Sanitation, dispensaries and jails vaccination Rajputana 1922-1927 - 1922-1927
Year: 1922
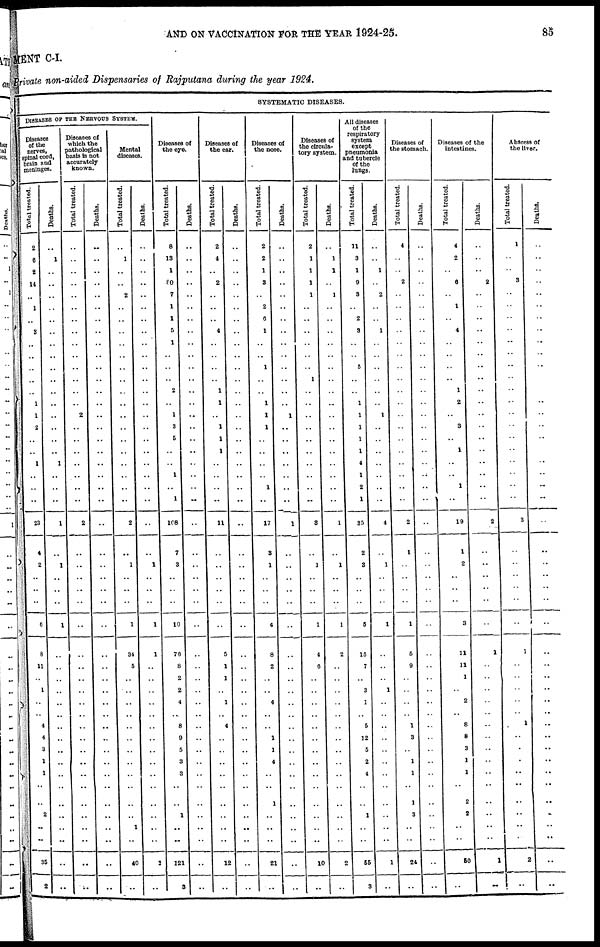
AND ON VACCINATION FOR THE YEAR 1924-25.
85
MENT C-I.
Private non-aided Dispensaries of Rajputana during the year 1924.
SYSTEMATIC DISEASES.
DISEASES OF THE NERVOUS SYSTEM.
Diseases
of the
nerves,
spinal cord,
brain and
meninges.
Total treated.
2
6
2
11
..
1
..
3
..
..
..
..
..
1
1
2
..
..
1
..
..
..
23
4
2
..
..
..
6
8
11
..
1
..
..
4
4
3
1
1
..
..
2
..
..
35
2
Deaths.
..
1
..
..
..
..
..
..
..
..
..
..
..
..
..
..
..
..
1
..
..
..
1
..
1
..
..
..
1
..
..
..
..
..
..
..
..
..
..
..
..
..
..
..
..
..
..
Diseases of
which the
pathological
basis is not
accurately
known.
Total treated.
..
..
..
..
..
..
..
..
..
..
..
..
..
..
2
..
..
..
..
..
..
..
2
..
..
..
..
..
..
..
..
..
..
..
..
..
..
..
..
..
..
..
..
..
..
..
..
Deaths.
..
..
..
..
..
..
..
..
..
..
..
..
..
..
..
..
..
..
..
..
..
..
..
..
..
..
..
..
..
..
..
..
..
..
..
..
..
..
..
..
..
..
..
..
..
..
..
Mental
diseases.
Total treated.
..
1
..
..
2
..
..
..
..
..
..
..
..
..
..
..
..
..
..
..
..
..
2
..
1
..
..
..
1
34
5
..
..
..
..
..
..
..
..
..
..
..
..
1
..
40
..
Deaths.
..
..
..
..
..
..
..
..
..
..
..
..
..
..
..
..
..
..
..
..
..
..
..
..
1
..
..
..
1
1
..
..
..
..
..
..
..
..
..
..
..
..
..
..
..
2
..
Diseases of
the eye.
Total treated.
8
13
1
80
7
1
1
5
1
..
..
..
2
..
1
3
5
..
..
1
..
1
108
7
3
..
..
..
10
76
8
2
2
4
..
8
9
5
3
3
..
..
1
..
..
121
3
Deaths.
..
..
..
..
..
..
..
..
..
..
..
..
..
..
..
..
..
..
..
..
..
..
..
..
..
..
..
..
..
..
..
..
..
..
..
..
..
..
..
..
..
..
..
..
..
..
..
Diseases of
the ear.
Total treated.
2
4
..
2
..
..
..
4
..
..
..
..
1
1
..
1
1
1
..
..
..
..
11
..
..
..
..
..
..
5
1
1
..
1
..
4
..
..
..
..
..
..
..
..
..
12
..
Deaths.
..
..
..
..
..
..
..
..
..
..
..
..
..
..
..
..
..
..
..
..
..
..
..
..
..
..
..
..
..
..
..
..
..
..
..
..
..
..
..
..
..
..
..
..
..
..
..
Diseases of
the nose.
Total treated.
2
2
1
3
..
2
6
1
..
..
1
..
..
1
1
1
..
..
..
..
1
..
17
3
1
..
..
..
4
8
2
..
..
4
..
..
1
1
4
..
..
1
..
..
..
21
..
Deaths.
..
..
..
..
..
..
..
..
..
..
..
..
..
..
1
..
..
..
..
..
..
..
1
..
..
..
..
..
..
..
..
..
..
..
..
..
..
..
..
..
..
..
..
..
..
..
..
Diseases of
the circula-
tory system.
Total treated.
2
1
1
1
1
..
..
..
..
..
..
1
..
..
..
..
..
..
..
..
..
..
3
..
1
..
..
..
1
4
6
..
..
..
..
..
..
..
..
..
..
..
..
..
..
10
..
Deaths.
..
1
1
..
1
..
..
..
..
..
..
..
..
..
..
..
..
..
..
..
..
..
1
..
1
..
..
..
1
2
..
..
..
..
..
..
..
..
..
..
..
..
..
..
..
2
..
All diseases
of the
respiratory
system
except
pneumonia
and tubercle
of the
lungs.
Total treated.
11
3
1
9
3
..
2
3
..
..
5
..
..
..
..
..
..
..
4
1
2
1
35
2
3
..
..
..
5
15
7
..
3
1
..
5
12
5
2
4
..
..
1
..
..
55
3
Deaths.
..
..
1
..
2
..
..
1
..
..
..
..
..
..
1
..
..
..
..
..
..
..
4
..
1
..
..
..
1
..
..
..
1
..
..
..
..
..
..
..
..
..
..
..
..
1
..
Diseases of
the stomach.
Total treated.
4
..
..
2
..
..
..
..
..
..
..
..
..
..
..
..
..
..
..
..
..
..
2
1
..
..
..
..
1
5
9
..
..
..
..
1
3
..
1
1
..
1
3
..
..
24
..
Deaths.
..
..
..
..
..
..
..
..
..
..
..
..
..
..
..
..
..
..
..
..
..
..
..
..
..
..
..
..
..
..
..
..
..
..
..
..
..
..
..
..
..
..
..
..
..
..
..
Diseases of the
intestines.
Total treated.
4
2
..
6
..
1
..
4
..
..
..
..
1
2
..
3
..
1
..
..
1
..
19
1
2
..
..
..
3
11
11
1
..
2
..
8
8
3
1
1
..
2
2
..
..
50
..
Deaths.
..
..
..
2
..
..
..
..
..
..
..
..
..
..
..
..
..
..
..
..
..
..
2
..
..
..
..
..
..
1
..
..
..
..
..
..
..
..
..
..
..
..
..
..
..
1
..
Abscess of
the liver.
Total treated.
1
..
..
3
..
..
..
..
..
..
..
..
..
..
..
..
..
..
..
..
..
..
3
..
..
..
..
..
..
1
..
..
..
..
..
1
..
..
..
..
..
..
..
..
..
2
..
Deaths.
..
..
..
..
..
..
..
..
..
..
..
..
..
..
..
..
..
..
..
..
..
..
..
..
..
..
..
..
..
..
..
..
..
..
..
..
..
..
..
..
..
..
..
..
..
..
..